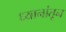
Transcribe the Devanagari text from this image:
ध्यानांतून